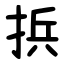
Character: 捠